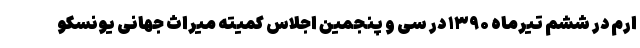
ارم در ششم تیرماه ۱۳۹۰ در سی و پنجمین اجلاس کمیتهٔ میراث جهانی یونسکو